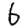
Digit: 6